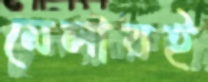
মেলারই